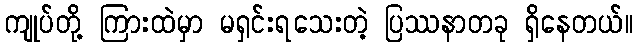
ကျုပ်တို့ ကြားထဲမှာ မရှင်းရသေးတဲ့ ပြဿနာတခု ရှိနေတယ်။